65_HS1-834228961_62-HQ-83894_Section_9
Agency: FBI
Page 247
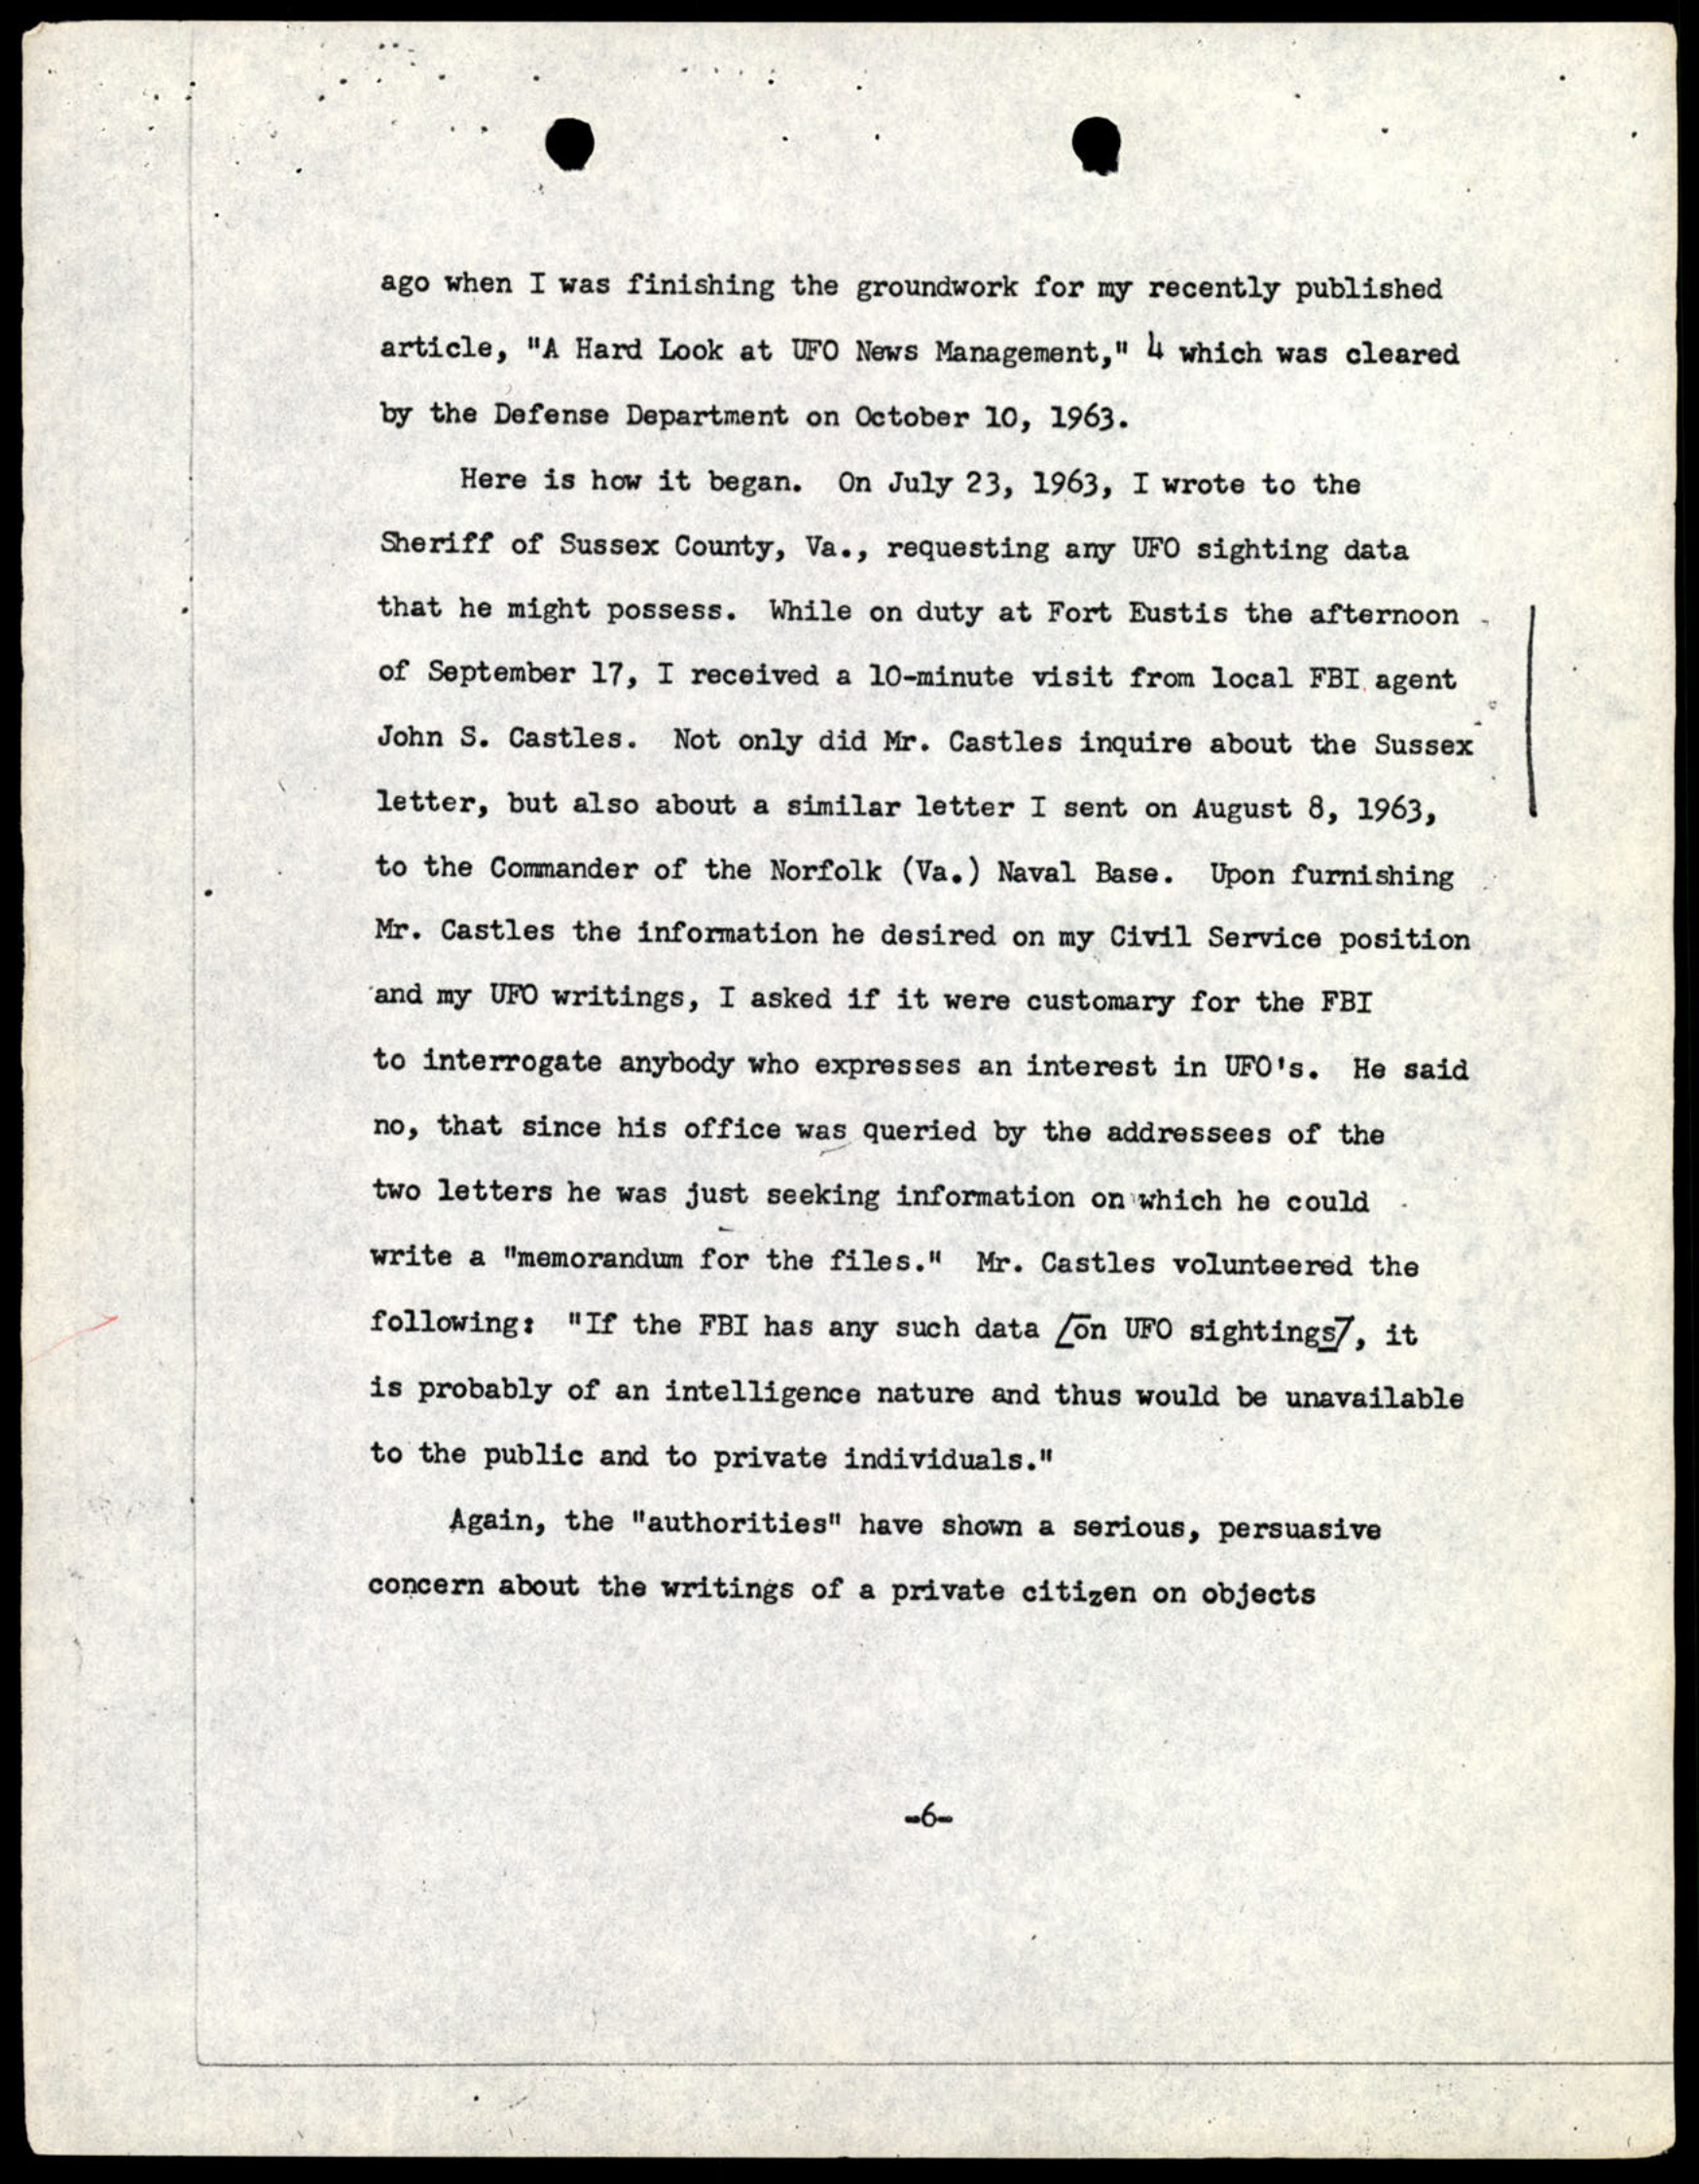